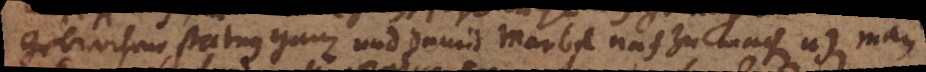
gebrochene statuen ganz und damit marbel nach zu machen u) man